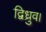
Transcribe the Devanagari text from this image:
द्विध्रुव।